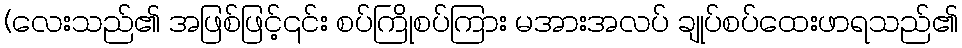
(လေးသည်၏ အဖြစ်ဖြင့်၎င်း စပ်ကြိုစပ်ကြား မအားအလပ် ချုပ်စပ်ထေးဖာရသည်၏